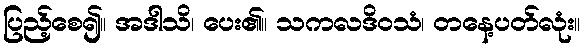
ပြည့်စေ၍။ အဒါသိ၊ ပေး၏။ သကလဒိဝသံ၊ တနေ့ပတ်လုံး။